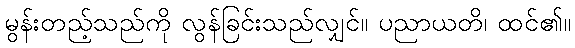
မွန်းတည့်သည်ကို လွန်ခြင်းသည်လျှင်။ ပညာယတိ၊ ထင်၏။